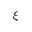
\boldsymbol { \xi }